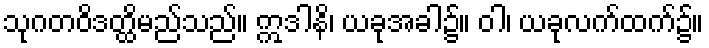
သုဂတဝိဒတ္ထိမည်သည်။ ဣဒါနိ၊ ယခုအခါ၌။ ဝါ၊ ယခုလက်ထက်၌။